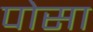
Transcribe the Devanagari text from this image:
पोसा